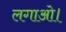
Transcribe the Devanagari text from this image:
लगाओ।